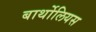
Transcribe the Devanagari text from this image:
बार्थोलियस